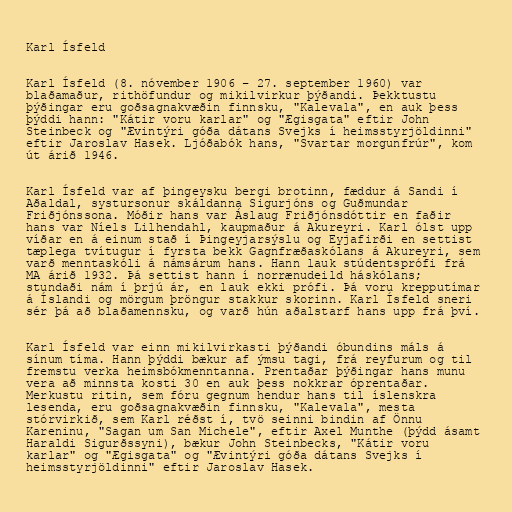
Karl Ísfeld

Karl Ísfeld (8. nóvember 1906 – 27. september 1960) var
blaðamaður, rithöfundur og mikilvirkur þýðandi. Þekktustu
þýðingar eru goðsagnakvæðin finnsku, "Kalevala", en auk þess
þýddi hann: "Kátir voru karlar" og "Ægisgata" eftir John
Steinbeck og "Ævintýri góða dátans Svejks í heimsstyrjöldinni"
eftir Jaroslav Hasek. Ljóðabók hans, "Svartar morgunfrúr", kom
út árið 1946.

Karl Ísfeld var af þingeysku bergi brotinn, fæddur á Sandi í
Aðaldal, systursonur skáldanna Sigurjóns og Guðmundar
Friðjónssona. Móðir hans var Áslaug Friðjónsdóttir en faðir
hans var Níels Lilhendahl, kaupmaður á Akureyri. Karl ólst upp
víðar en á einum stað í Þingeyjarsýslu og Eyjafirði en settist
tæplega tvítugur í fyrsta bekk Gagnfræðaskólans á Akureyri, sem
varð menntaskóli á námsárum hans. Hann lauk stúdentsprófi frá
MA árið 1932. Þá settist hann í norrænudeild háskólans;
stundaði nám í þrjú ár, en lauk ekki prófi. Þá voru krepputímar
á Íslandi og mörgum þröngur stakkur skorinn. Karl Ísfeld sneri
sér þá að blaðamennsku, og varð hún aðalstarf hans upp frá því.

Karl Ísfeld var einn mikilvirkasti þýðandi óbundins máls á
sínum tíma. Hann þýddi bækur af ýmsu tagi, frá reyfurum og til
fremstu verka heimsbókmenntanna. Prentaðar þýðingar hans munu
vera að minnsta kosti 30 en auk þess nokkrar óprentaðar.
Merkustu ritin, sem fóru gegnum hendur hans til íslenskra
lesenda, eru goðsagnakvæðin finnsku, "Kalevala", mesta
stórvirkið, sem Karl réðst í, tvö seinni bindin af Önnu
Kareninu, "Sagan um San Michele", eftir Axel Munthe (þýdd ásamt
Haraldi Sigurðssyni), bækur John Steinbecks, "Kátir voru
karlar" og "Ægisgata" og "Ævintýri góða dátans Svejks í
heimsstyrjöldinni" eftir Jaroslav Hasek.